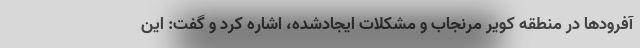
آفرودها در منطقه کویر مرنجاب و مشکلات ایجادشده، اشاره کرد و گفت: این